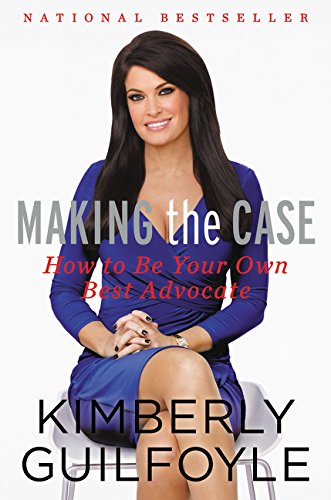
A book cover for Making the Case: How to Be Your Own Best Advocate; Kimberly Guilfoyle; Business & Money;